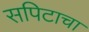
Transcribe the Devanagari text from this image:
सपिटाचा